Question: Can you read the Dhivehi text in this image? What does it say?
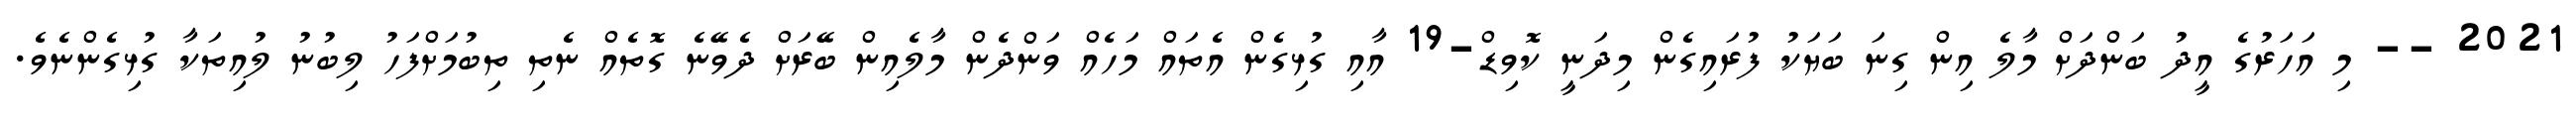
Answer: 2021 -- މި އަހަރުގެ އީދު ބަންދަށް މާލެ އިން ގިނަ ބަޔަކު ފުރައިގެން މިދަނީ ކޮވިޑް-19 އާއި ގުޅިގެން އެތައް މަހެއް ވަންދެން މާލެއިން ބޭރަށް ދެވޭނެ ގޮތެއް ނެތި ތިބުމަށްފަހު ލިބުނު ލުއިތަކާ ގުޅިގެންނެވެ.